Annual report on the lock hospitals of the Madras Presidency
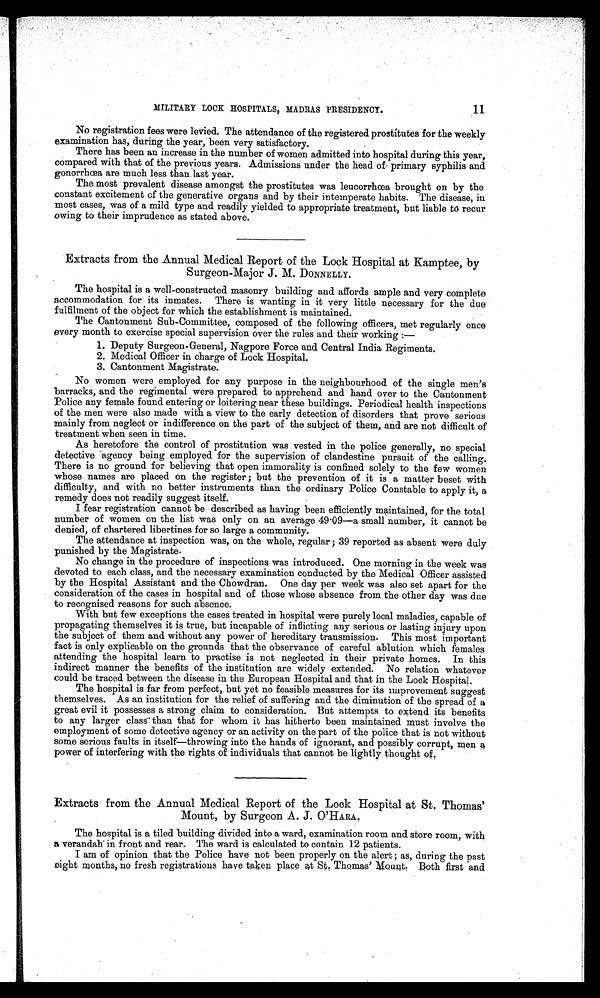
11
MILITARY LOCK HOSPITALS, MADRAS PRESIDENCY.
No registration fees were levied. The attendance of the registered prostitutes for the weekly
examination has, during the year, been very satisfactory.
There has been an increase in the number of women admitted into hospital during this year,
compared with that of the previous years. Admissions under the head of primary syphilis and
gonorrhœa are much less than last year.
The most prevalent disease amongst the prostitutes was leucorrhœa brought on by the
constant excitement of the generative organs and by their intemperate habits. The disease, in
most cases, was of a mild type and readily yielded to appropriate treatment, but liable to recur
owing to their imprudence as stated above.
Extracts from the Annual Medical Report of the Lock Hospital at Kamptee, by
Surgeon-Major J. M. DONNELLY.
The hospital is a well-constructed masonry building and affords ample and very complete
accommodation for its inmates. There is wanting in it very little necessary for the due
fulfilment of the object for which the establishment is maintained.
The Cantonment Sub-Committee, composed of the following officers, met regularly once
every month to exercise special supervision over the rules and their working :
—
1. Deputy Surgeon-General, Nagpore Force and Central India Regiments.
2. Medical Officer in charge of Lock Hospital.
3. Cantonment Magistrate.
No women were employed for any purpose in the neighbourhood of the single men's
barracks, and the regimental were prepared to apprehend and hand over to the Cantonment
Police any female found entering or loitering near these buildings. Periodical health inspections
of the men were also made with a view to the early detection of disorders that prove serious
mainly from neglect or indifference on the part of the subject of them, and are not difficult of
treatment when seen in time.
As heretofore the control of prostitution was vested in the police generally, no special
detective agency being employed for the supervision of clandestine pursuit of the calling.
There is no ground for believing that open immorality is confined solely to the few women
whose names are placed on the register ; but the prevention of it is a matter beset with
difficulty, and with no better instruments than the ordinary Police Constable to apply it, a
remedy does not readily suggest itself.
I fear registration cannot be described as having been efficiently maintained, for the total
number of women on the list was only on an average 49 . 09—a small number, it cannot be
denied, of chartered libertines for so large a community.
The attendance at inspection was, on the whole, regular ; 39 reported as absent were duly
punished by the Magistrate.
No change in the procedure of inspections was introduced. One morning in the week was
devoted to each class, and the necessary examination conducted by the Medical Officer assisted
by the Hospital Assistant and the Chowdran. One day per week was also set apart for the
consideration of the cases in hospital and of those whose absence from the other day was due
to recognised reasons for such absence.
With but few exceptions the cases treated in hospital were purely local maladies, capable of
propagating themselves it is true, but incapable of inflicting any serious or lasting injury upon
the subject of them and without any power of hereditary transmission. This most important
fact is only explicable on the grounds that the observance of careful ablution which females
attending the hospital learn to practise is not neglected in their private homes. In this
indirect manner the benefits of the institution are widely extended. No relation whatever
could be traced between the disease in the European Hospital and that in the Lock Hospital.
The hospital is far from perfect, but yet no feasible measures for its improvement suggest
themselves. As an institution for the relief of suffering and the diminution of the spread of a
great evil it possesses a strong claim to consideration. But attempts to extend its benefits
to any larger class than that for whom it has hitherto been maintained must involve the
employment of some detective agency or an activity on the part of the police that is not without
some serious faults in itself—throwing into the hands of ignorant, and possibly corrupt, men a
power of interfering with the rights of individuals that cannot be lightly thought of.
Extracts from the Annual Medical Report of the Lock Hospital at St. Thomas'
Mount, by Surgeon A. J. O'HARA.
The hospital is a tiled building divided into a ward, examination room and store room, with
a verandah in front and rear. The ward is calculated to contain 12 patients.
I am of opinion that the Police have not been properly on the alert ; as, during the past
eight months, no fresh registrations have taken place at St. Thomas' Mount. Both first and